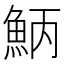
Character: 𩶁